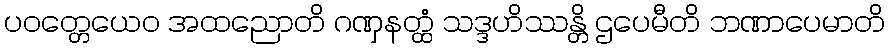
ပဝတ္တေယေဝ အထညောတိ ဂဏှနတ္ထံ သဒ္ဒဟိဿန္တိ ဌပေမီတိ ဘဏာပေမာတိ